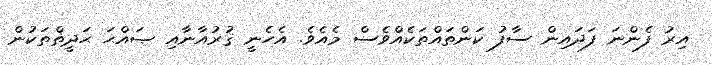
އިރު ފެންނަ ފަދައިން ސާފު ކަންތައްތަކެއްވެސް މެއެވެ. އެހެނީ ޤުރުއާނާއި ޞައްޙަ ޙަދީޡްތަކުން